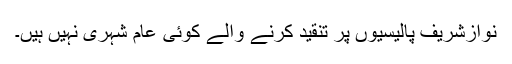
نوازشریف پالیسیوں پر تنقید کرنے والے کوئی عام شہری نہیں ہیں۔